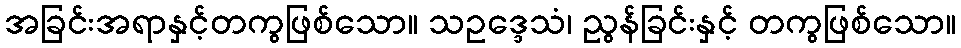
အခြင်းအရာနှင့်တကွဖြစ်သော။ သဥဒ္ဒေသံ၊ ညွန်ခြင်းနှင့် တကွဖြစ်သော။